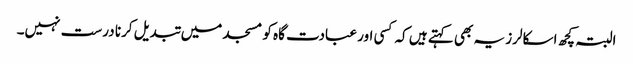
البتہ کچھ اسکالرز یہ بھی کہتے ہیں کہ کسی اور عبادت گاہ کو مسجد میں تبدیل کرنا درست نہیں۔